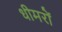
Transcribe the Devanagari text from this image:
धीमरों